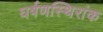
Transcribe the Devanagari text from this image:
घर्षणस्थिरांक